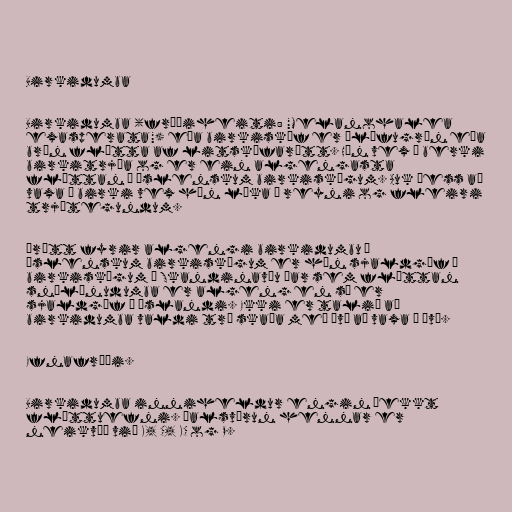
Birkidumba

Birkidumba (fræðiheiti: "Melanohalea
exasperata") eða birkiskóf er ólífugræn eða
brún flétta af litskófarætt. Hún vex á berki
birkitrjáa og er ein algengasta
fléttan í íslenskum birkiskógum. Auk þess að
vaxa á birki vex hún líka á reyni og fleiri
trjátegundum.

Þrátt fyrir algengi birkidumbu í
íslenskum birkiskógum er hún sjaldgæf í
birkiskógum í Skandinavíu þar sem fléttan
snælínudumba er algeng en sú er
sjaldgæf á Íslandi. Ekki er talið að
birkidumba valdi tré skaða með því að vaxa á því.

Efnafræði.

Birkidumba inniheldur engin þekkt
fléttuefni. Þalsvörun hennar er
neikvæð við K, C, KC og P.